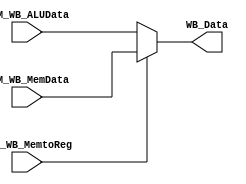
module WB_MUX (WB_Data, MEM_WB_MemData, MEM_WB_ALUData, MEM_WB_MemtoReg);

// input 
	input [63:0] MEM_WB_ALUData, MEM_WB_MemData;
	input MEM_WB_MemtoReg;
	//clk;
	
// output
	output reg [63:0] WB_Data;
	
	always @(*)
		begin
			if(MEM_WB_MemtoReg == 0)
				WB_Data <= MEM_WB_ALUData;
			else 
				WB_Data <= MEM_WB_MemData;
			
		end
		
endmodule